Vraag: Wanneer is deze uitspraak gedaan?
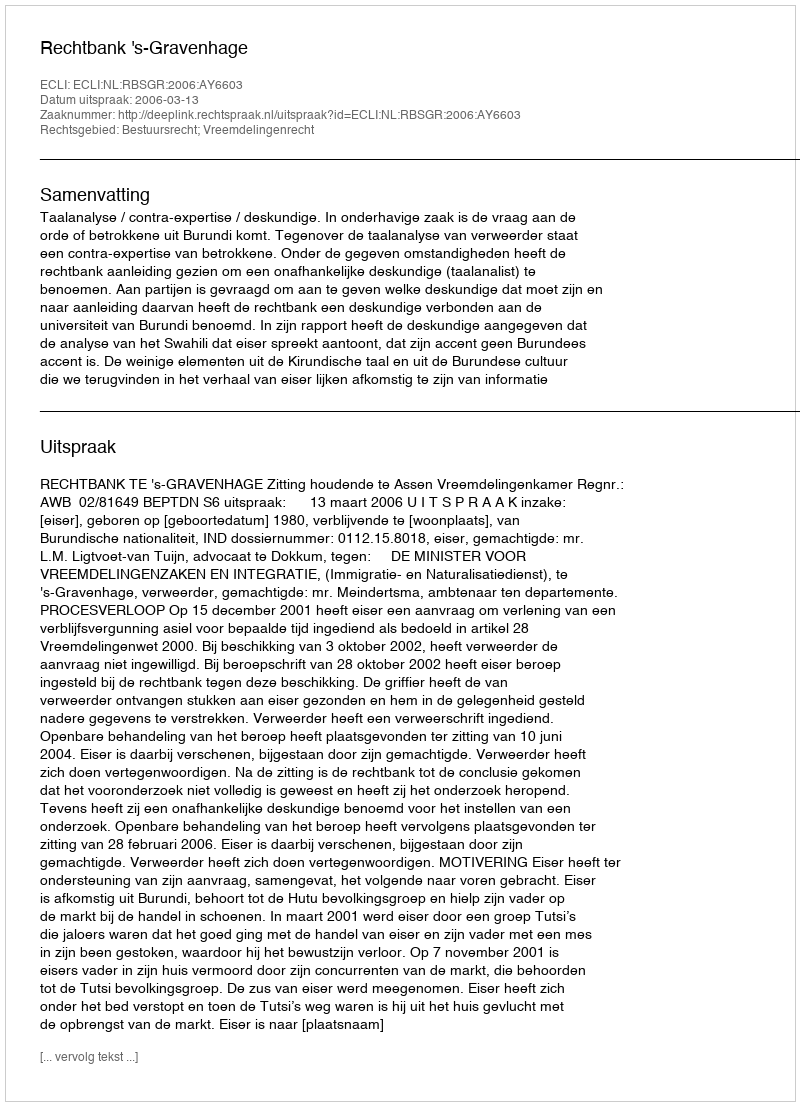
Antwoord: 2006-03-13